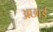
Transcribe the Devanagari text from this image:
अछाई